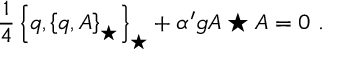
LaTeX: \frac { 1 } { 4 } \left\{ q , \left\{ q , A \right\} _ { \star } \right\} _ { \star } + { \alpha ^ { \prime } } g A \star A = 0 \, \, .